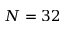
N = 3 2